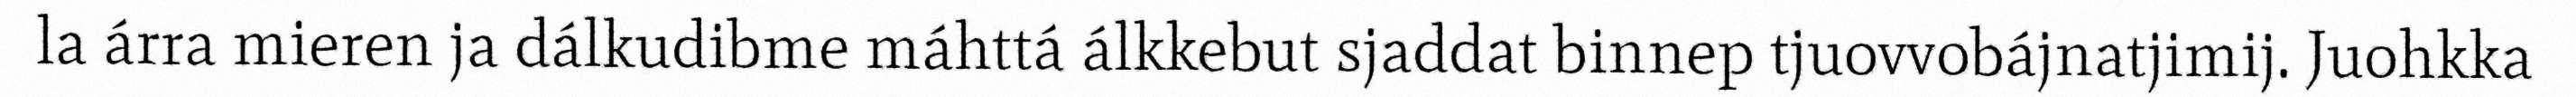
la árra mieren ja dálkudibme máhttá álkkebut sjaddat binnep tjuovvobájnatjimij. Juohkka